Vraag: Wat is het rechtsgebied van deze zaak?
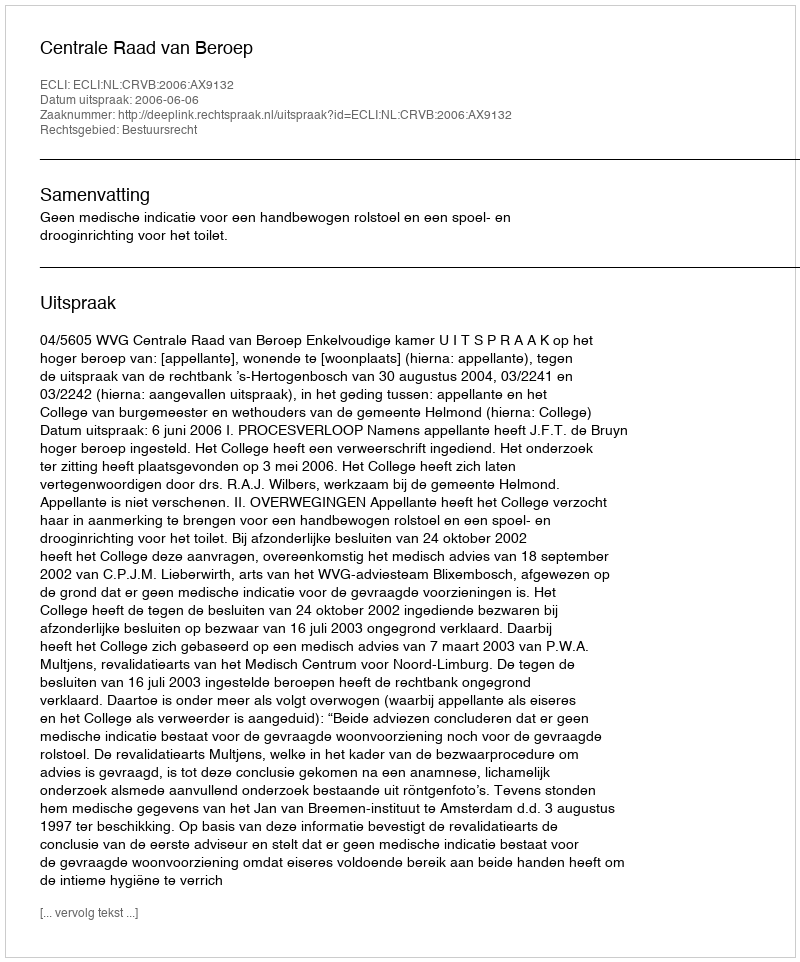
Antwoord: Bestuursrecht